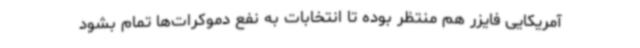
آمریکایی فایزر هم منتظر بوده تا انتخابات به نفع دموکرات‌ها تمام بشود